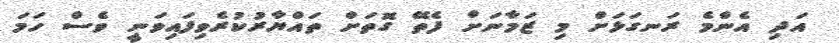
އަދި އެންމެ ރަނގަޅަށް މި ޒަމާނަށް ފެތޭ ގޮތަށް ތައްޔާރުކުރެވިފައިވަނީ ވެސް ހަމަ